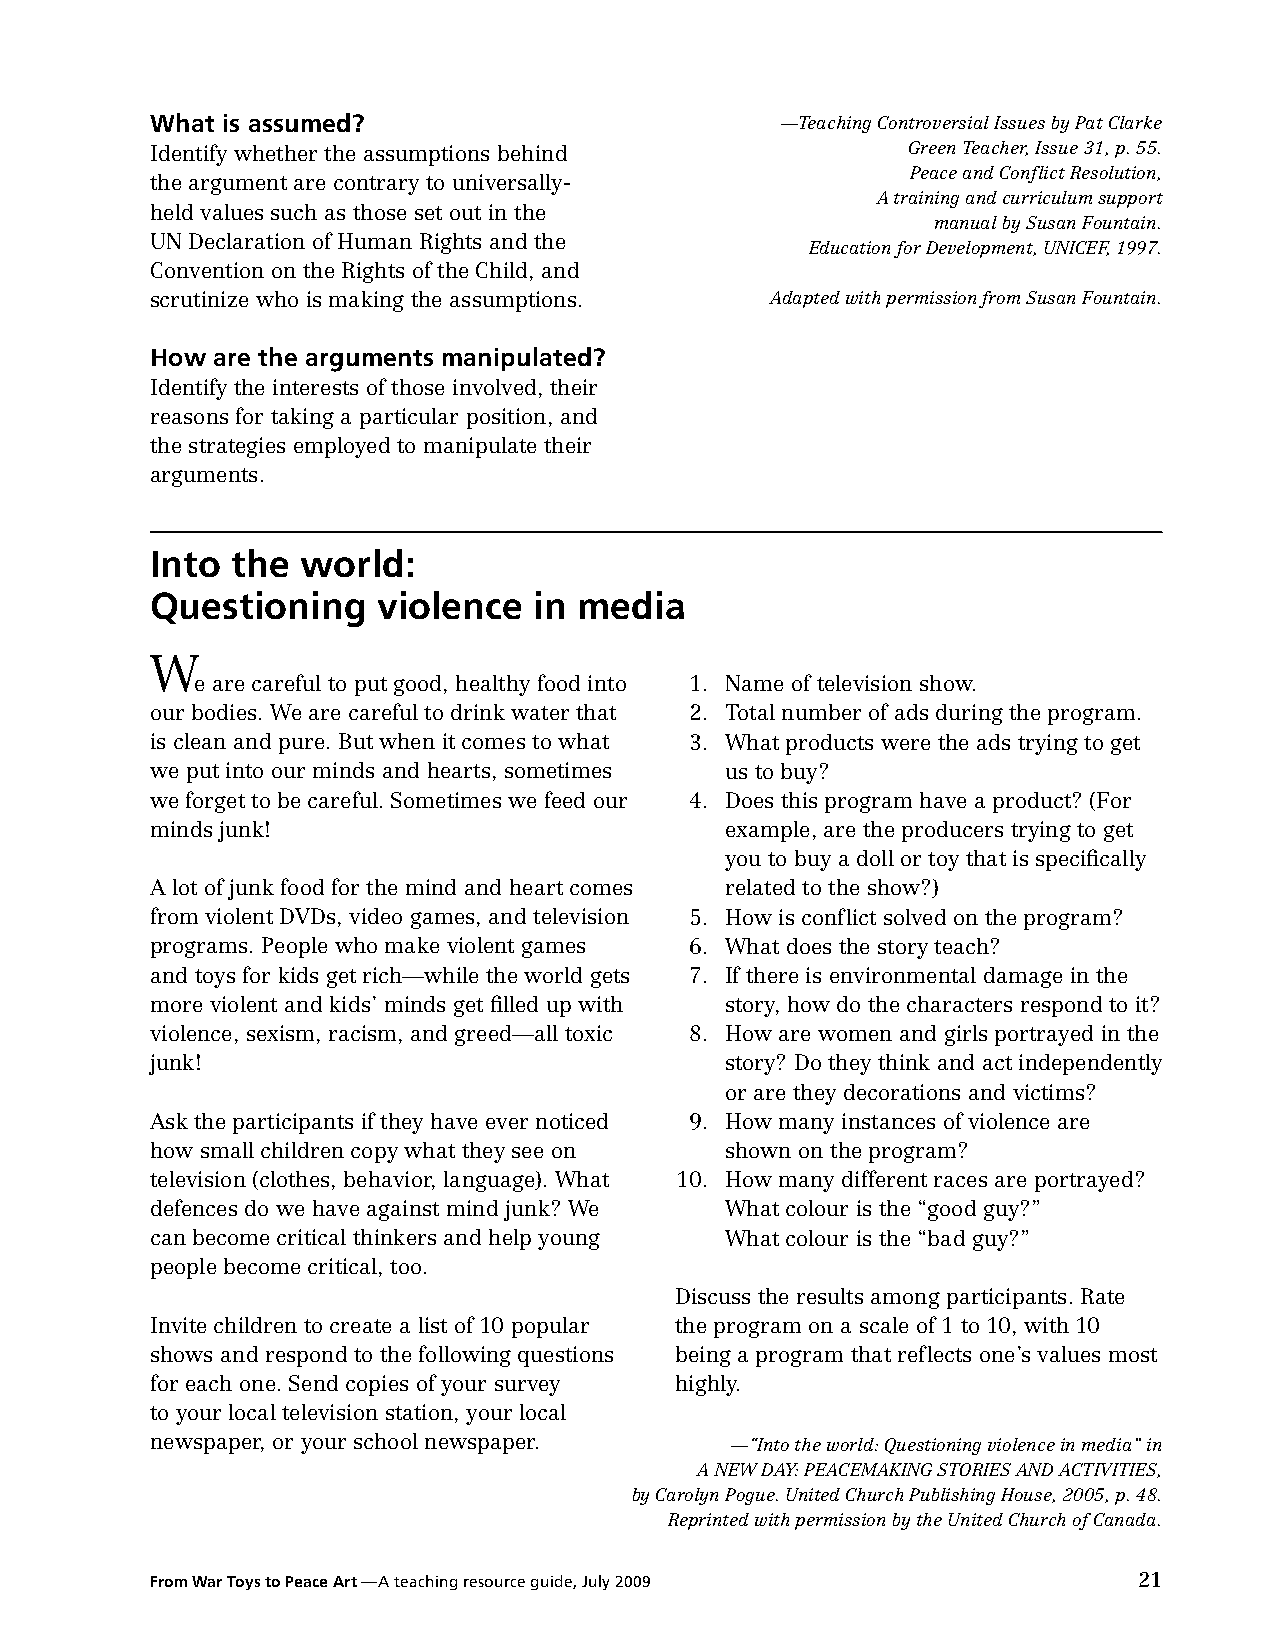
What is assumed?                          —Teaching Controversial Issues by Pat Clarke
 Identify whether the assumptions behind           Green Teacher, Issue 31, p. 55.
 Peace and Conflict Resolution,
 the argument are contrary to universally-
 A training and curriculum support
 held values such as those set out in the
 manual by Susan Fountain.
 UN Declaration of Human Rights and the
 Education for Development, UNICEF, 1997.
 Convention on the Rights of the Child, and
 scrutinize who is making the assumptions. Adapted with permission from Susan Fountain.
 How are the arguments manipulated?
 Identify the interests of those involved, their
 reasons for taking a particular position, and
 the strategies employed to manipulate their
 arguments.
 into the  world:
 Questioning    violence  in media
 W
 e are careful to put good, healthy food into 1. Name of television show.
 our bodies. We are careful to drink water that 2. Total number of ads during the program.
 is clean and pure. But when it comes to what 3. What products were the ads trying to get
 we put into our minds and hearts, sometimes us to buy?
 we forget to be careful. Sometimes we feed our 4. Does this program have a product? (For
 minds junk!                           example, are the producers trying to get
 you to buy a doll or toy that is specifically
 A lot of junk food for the mind and heart comes related to the show?)
 from violent DVDs, video games, and television 5. How is conflict solved on the program?
 programs. People who make violent games 6. What does the story teach?
 and toys for kids get rich—while the world gets 7. If there is environmental damage in the
 more violent and kids’ minds get filled up with story, how do the characters respond to it?
 violence, sexism, racism, and greed—all toxic 8. How are women and girls portrayed in the
 junk!                                 story? Do they think and act independently
 or are they decorations and victims?
 Ask the participants if they have ever noticed 9. How many instances of violence are
 how small children copy what they see on shown on the program?
 television (clothes, behavior, language). What 10. How many different races are portrayed?
 defences do we have against mind junk? We What colour is the “good guy?”
 can become critical thinkers and help young What colour is the “bad guy?”
 people become critical, too.
 Discuss the results among participants. Rate
 Invite children to create a list of 10 popular the program on a scale of 1 to 10, with 10
 shows and respond to the following questions being a program that reflects one’s values most
 for each one. Send copies of your survey highly.
 to your local television station, your local
 newspaper, or your school newspaper.  —“Into the world: Questioning violence in media” in
 A NEW DAY: PEACEMAKING STORIES AND ACTIVITIES,
 by Carolyn Pogue. United Church Publishing House, 2005, p. 48.
 Reprinted with permission by the United Church of Canada.
 From War Toys to Peace Art —A teaching resource guide, July 2009 21